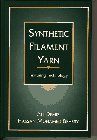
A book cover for Synthetic Filament Yarn: Texturing Technology; Ali Demir; Crafts, Hobbies & Home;